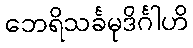
ဘေရိသင်္ခမုဒိင်္ဂါဟိ